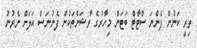
ތިރީ ކަނުން ފެންނަ ސްޓާޓް ބަޓަން މިހާރުގެ ވާޝަންތަކުން ފެނުނަސް އަލަށް ނެރުނު